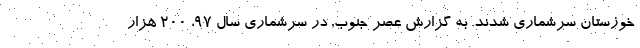
خوزستان سرشماری شدند. به گزارش عصر جنوب, در سرشماری سال ۹۷، ۲۰۰ هزار